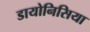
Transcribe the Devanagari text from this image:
डायोनिसिया